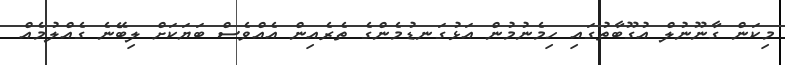
މިކަން ގާނޫނުލް އުގޫބާތުގައި ހިމެނުމުން އަޅުގަނޑުމެންގެ ތެރެއިން އެއްވެސް ބަޔަކަށް ލިބޭނެ ގެއްލުމެއް